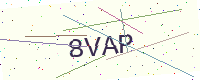
Text: 8VAP